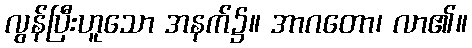
လွန်ပြီးဟူသော အနက်၌။ အာဂတော၊ လာ၏။